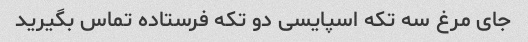
جای مرغ سه تکه اسپایسی دو تکه فرستاده تماس بگیرید